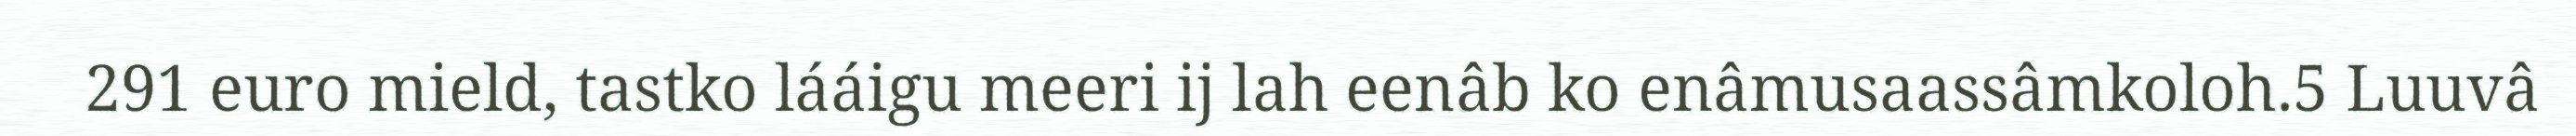
291 euro mield, tastko lááigu meeri ij lah eenâb ko enâmusaassâmkoloh.5 Luuvâ